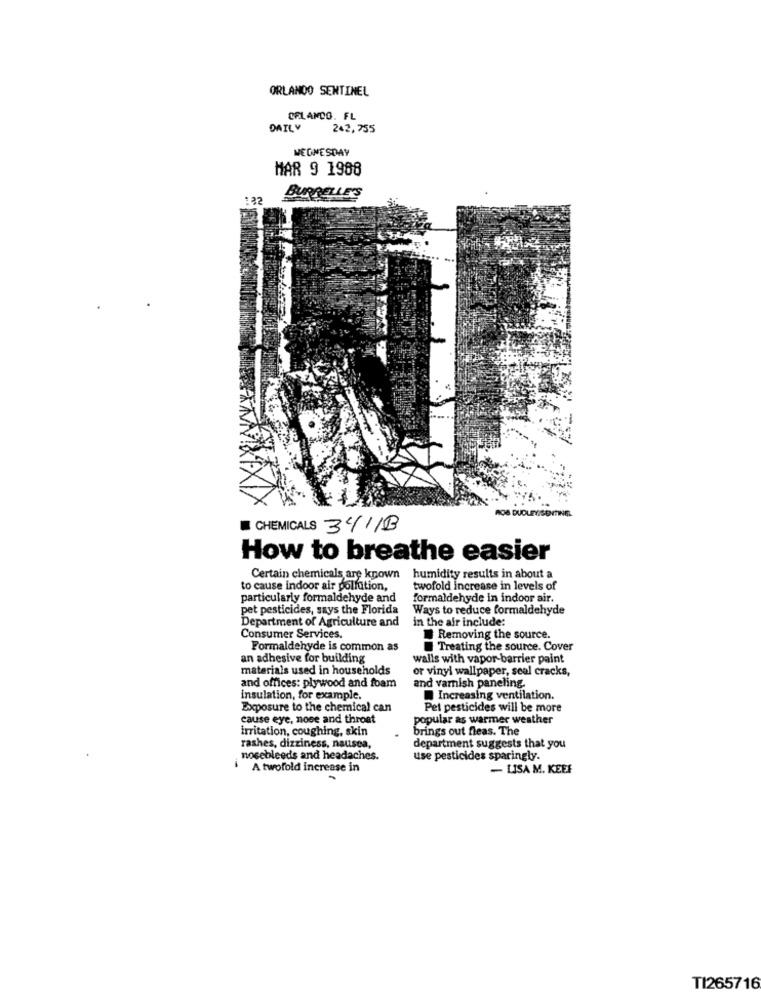
ORLANDO SENTINEL
OFLANDO. FL
DAILY
242, 755
WEDNESDAY
MAR 9 1988
BURRELLE'S
CHEMICALS 3/4/1B
How to breathe easier
Certain chemicals are known humidity results in about a
to cause indoor air pollution,
twofold increase in levels of
particularly formaldehyde and
formaldehyde in indoor air.
pet pesticides, says the Florida
Ways to reduce formaldehyde
Department of Agriculture and
in the air include:
Consumer Services.
Removing the source.
Formaldehyde is common as
Treating the source. Cover
an adhesive for building
walls with vapor barrier paint
materials used in households
or vinyl wallpaper, seal cracks,
and offices: plywood and foam
and varnish paneling.
insulation, for example.
Increasing ventilation.
Exposure to the chemical can
Pet pesticides will be more
cause eye, nose and throat
popular as warmer weather
irritation, coughing, skin
brings out fleas. The
rashes, dizziness, nausea,
department suggests that you
nosebleeds and headaches.
use pesticides sparingly.
A twofold increase in
- LISA M. KEEF
TI265716